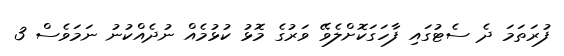
ފުރަތަމަ ދެ ސެޓުގައި ފާހަގަކޮށްލެވޭ ވަރުގެ މޮޅު ކުޅުމެއް ނުދެއްކުނު ނަމަވެސް 3